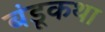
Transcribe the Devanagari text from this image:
बंडूकथा